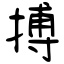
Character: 搏